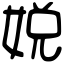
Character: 娧